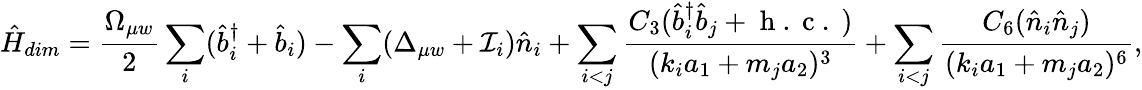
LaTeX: \hat{H}_{dim}=\frac{\Omega_{\mu w}}{2}\sum_{i}(\hat{b}_{i}^{\dagger}+\hat{b}_{i})-\sum_{i}(\Delta_{\mu w}+\mathcal{I}_{i})\hat{n}_{i}+\sum_{i<j}\frac{C_{3}(\hat{b}_{i}^{\dagger}\hat{b}_{j}+\mathrm{~h~.~c~.~})}{(k_{i}a_{1}+m_{j}a_{2})^{3}}+\sum_{i<j}\frac{C_{6}(\hat{n}_{i}\hat{n}_{j})}{(k_{i}a_{1}+m_{j}a_{2})^{6}},